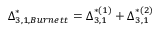
{ \boldsymbol { \Delta } } _ { 3 , 1 , B u r n e t t } ^ { * } = { \boldsymbol { \Delta } } _ { 3 , 1 } ^ { * ( 1 ) } + { \boldsymbol { \Delta } } _ { 3 , 1 } ^ { * ( 2 ) }